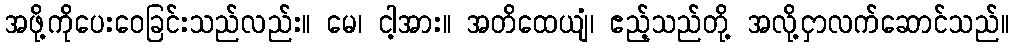
အဖို့ကိုပေးဝေခြင်းသည်လည်း။ မေ၊ ငါ့အား။ အတိထေယျံ၊ ဧည့်သည်တို့ အလို့ငှာလက်ဆောင်သည်။